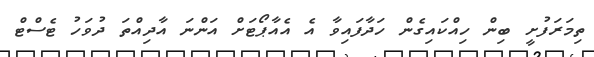
ތިމަރަފުށީ ބިން ހިއްކައިގެން ހަދާފައިވާ އެ އެއާޕޯޓަށް އަންނަ އާދިއްތަ ދުވަހު ޓެސްޓް